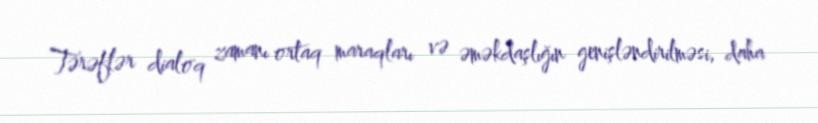
Tərəflər dialoq zamanı ortaq maraqları və əməkdaşlığın genişləndirilməsi, daha